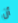
أن